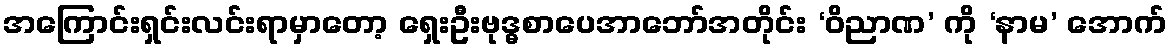
အကြောင်းရှင်းလင်းရာမှာတော့ ရှေးဦးဗုဒ္ဓစာပေအာဘော်အတိုင်း ‘ဝိညာဏ’ ကို ‘နာမ’ အောက်